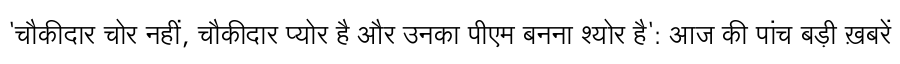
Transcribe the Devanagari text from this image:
'चौकीदार चोर नहीं, चौकीदार प्योर है और उनका पीएम बनना श्योर है': आज की पांच बड़ी ख़बरें